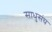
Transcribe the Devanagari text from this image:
साधुसंघ